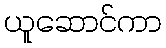
ယူဆောင်ကာ